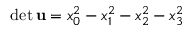
\operatorname* { d e t } \mathbf { u } = x _ { 0 } ^ { 2 } - x _ { 1 } ^ { 2 } - x _ { 2 } ^ { 2 } - x _ { 3 } ^ { 2 }